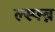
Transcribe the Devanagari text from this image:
ल्स्फ्ब्न